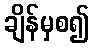
ချိန်မှစ၍